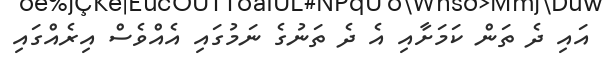
އައި ދެ ތަން ކަމަށާއި އެ ދެ ތަނުގެ ނަމުގައި އެއްވެސް އިރެއްގައި